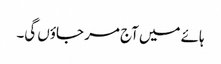
ہائے میں آج مر جاؤں گی۔